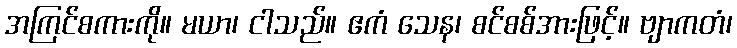
အကြင်စကားကို။ မယာ၊ ငါသည်။ ဧကံ သေန၊ စင်စစ်အားဖြင့်။ ဗျာကတံ၊